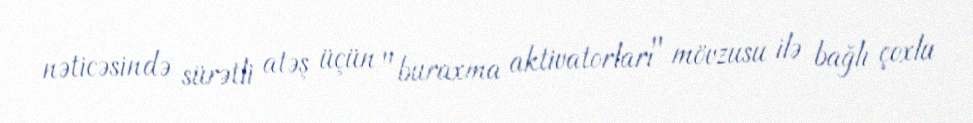
nəticəsində sürətli atəş üçün "buraxma aktivatorları" mövzusu ilə bağlı çoxlu